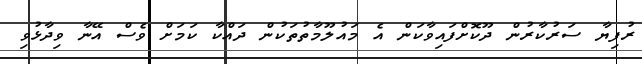
ރުފިޔާ ސަރުކާރުން ދޫކޮށްފައިވާކަން އެ މައުލޫމާތުތަކުން ދައްކާ ކަމަށް ވެސް އޭނާ ވިދާޅުވި